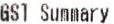
GST SUMMARY